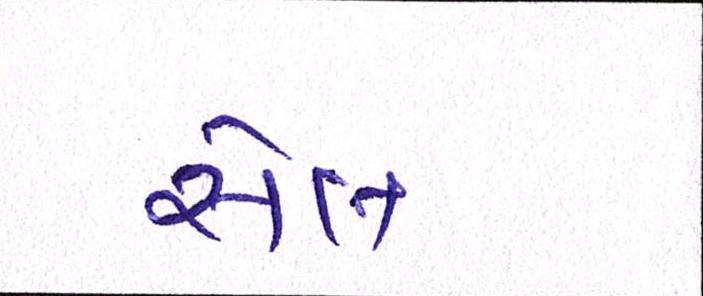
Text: સેલ